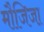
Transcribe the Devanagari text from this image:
मौजिजा़